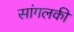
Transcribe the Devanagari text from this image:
सांगलकी